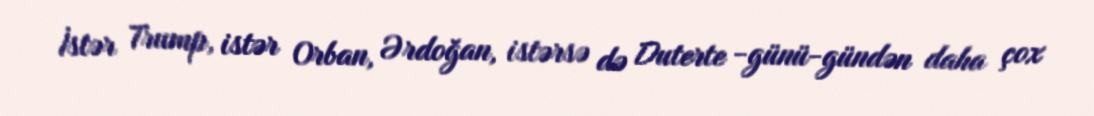
İstər Trump, istər Orban, Ərdoğan, istərsə də Duterte -günü-gündən daha çox